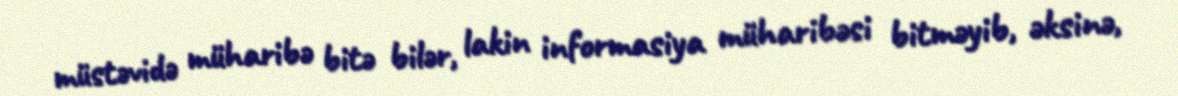
müstəvidə müharibə bitə bilər, lakin informasiya müharibəsi bitməyib, əksinə,